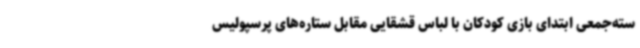
سته‌جمعی ابتدای بازی کودکان با لباس قشقایی مقابل ستاره‌های پرسپولیس